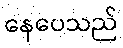
နေပေသည်